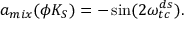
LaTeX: a _ { m i x } ( \phi K _ { S } ) = - \sin ( 2 \omega _ { t c } ^ { d s } ) .